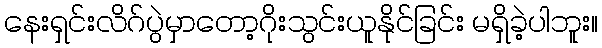
နေးရှင်းလိဂ်ပွဲမှာတော့ဂိုးသွင်းယူနိုင်ခြင်း မရှိခဲ့ပါဘူး။